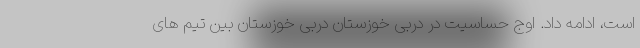
است، ادامه داد. اوج حساسیت در دربی خوزستان دربی خوزستان بین تیم های